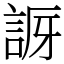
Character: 𧧝